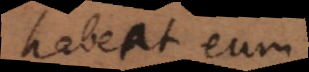
habeat eum